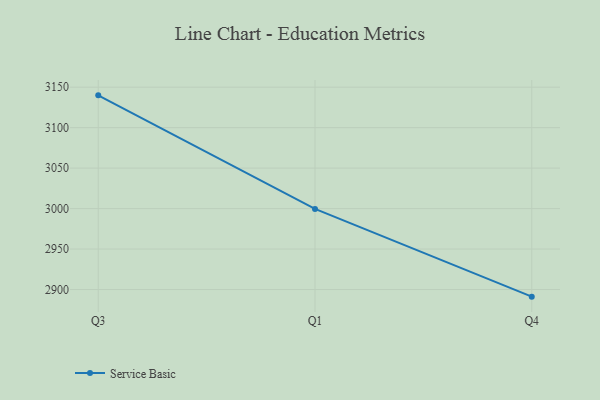
{"axis": {"x": "Quarter", "y": "Waste Production (Tons)"}, "legend": ["Service Basic"], "data": [{"x": "Q3", "y": 3139.9, "type": "Service Basic"}, {"x": "Q1", "y": 2999.6, "type": "Service Basic"}, {"x": "Q4", "y": 2891.2, "type": "Service Basic"}]}